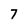
Character: 7